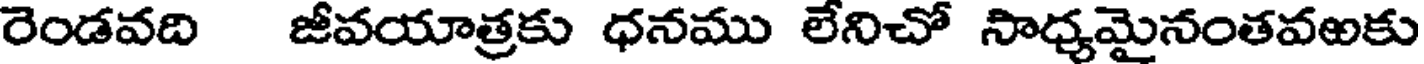
రెండవది జీవయాత్రకు ధనము లేనిచో సాధ్యమైనంతవఱకు